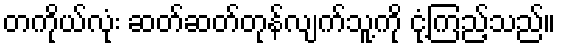
တကိုယ်လုံး ဆတ်ဆတ်တုန်လျက်သူ့ကို ငုံ့ကြည့်သည်။